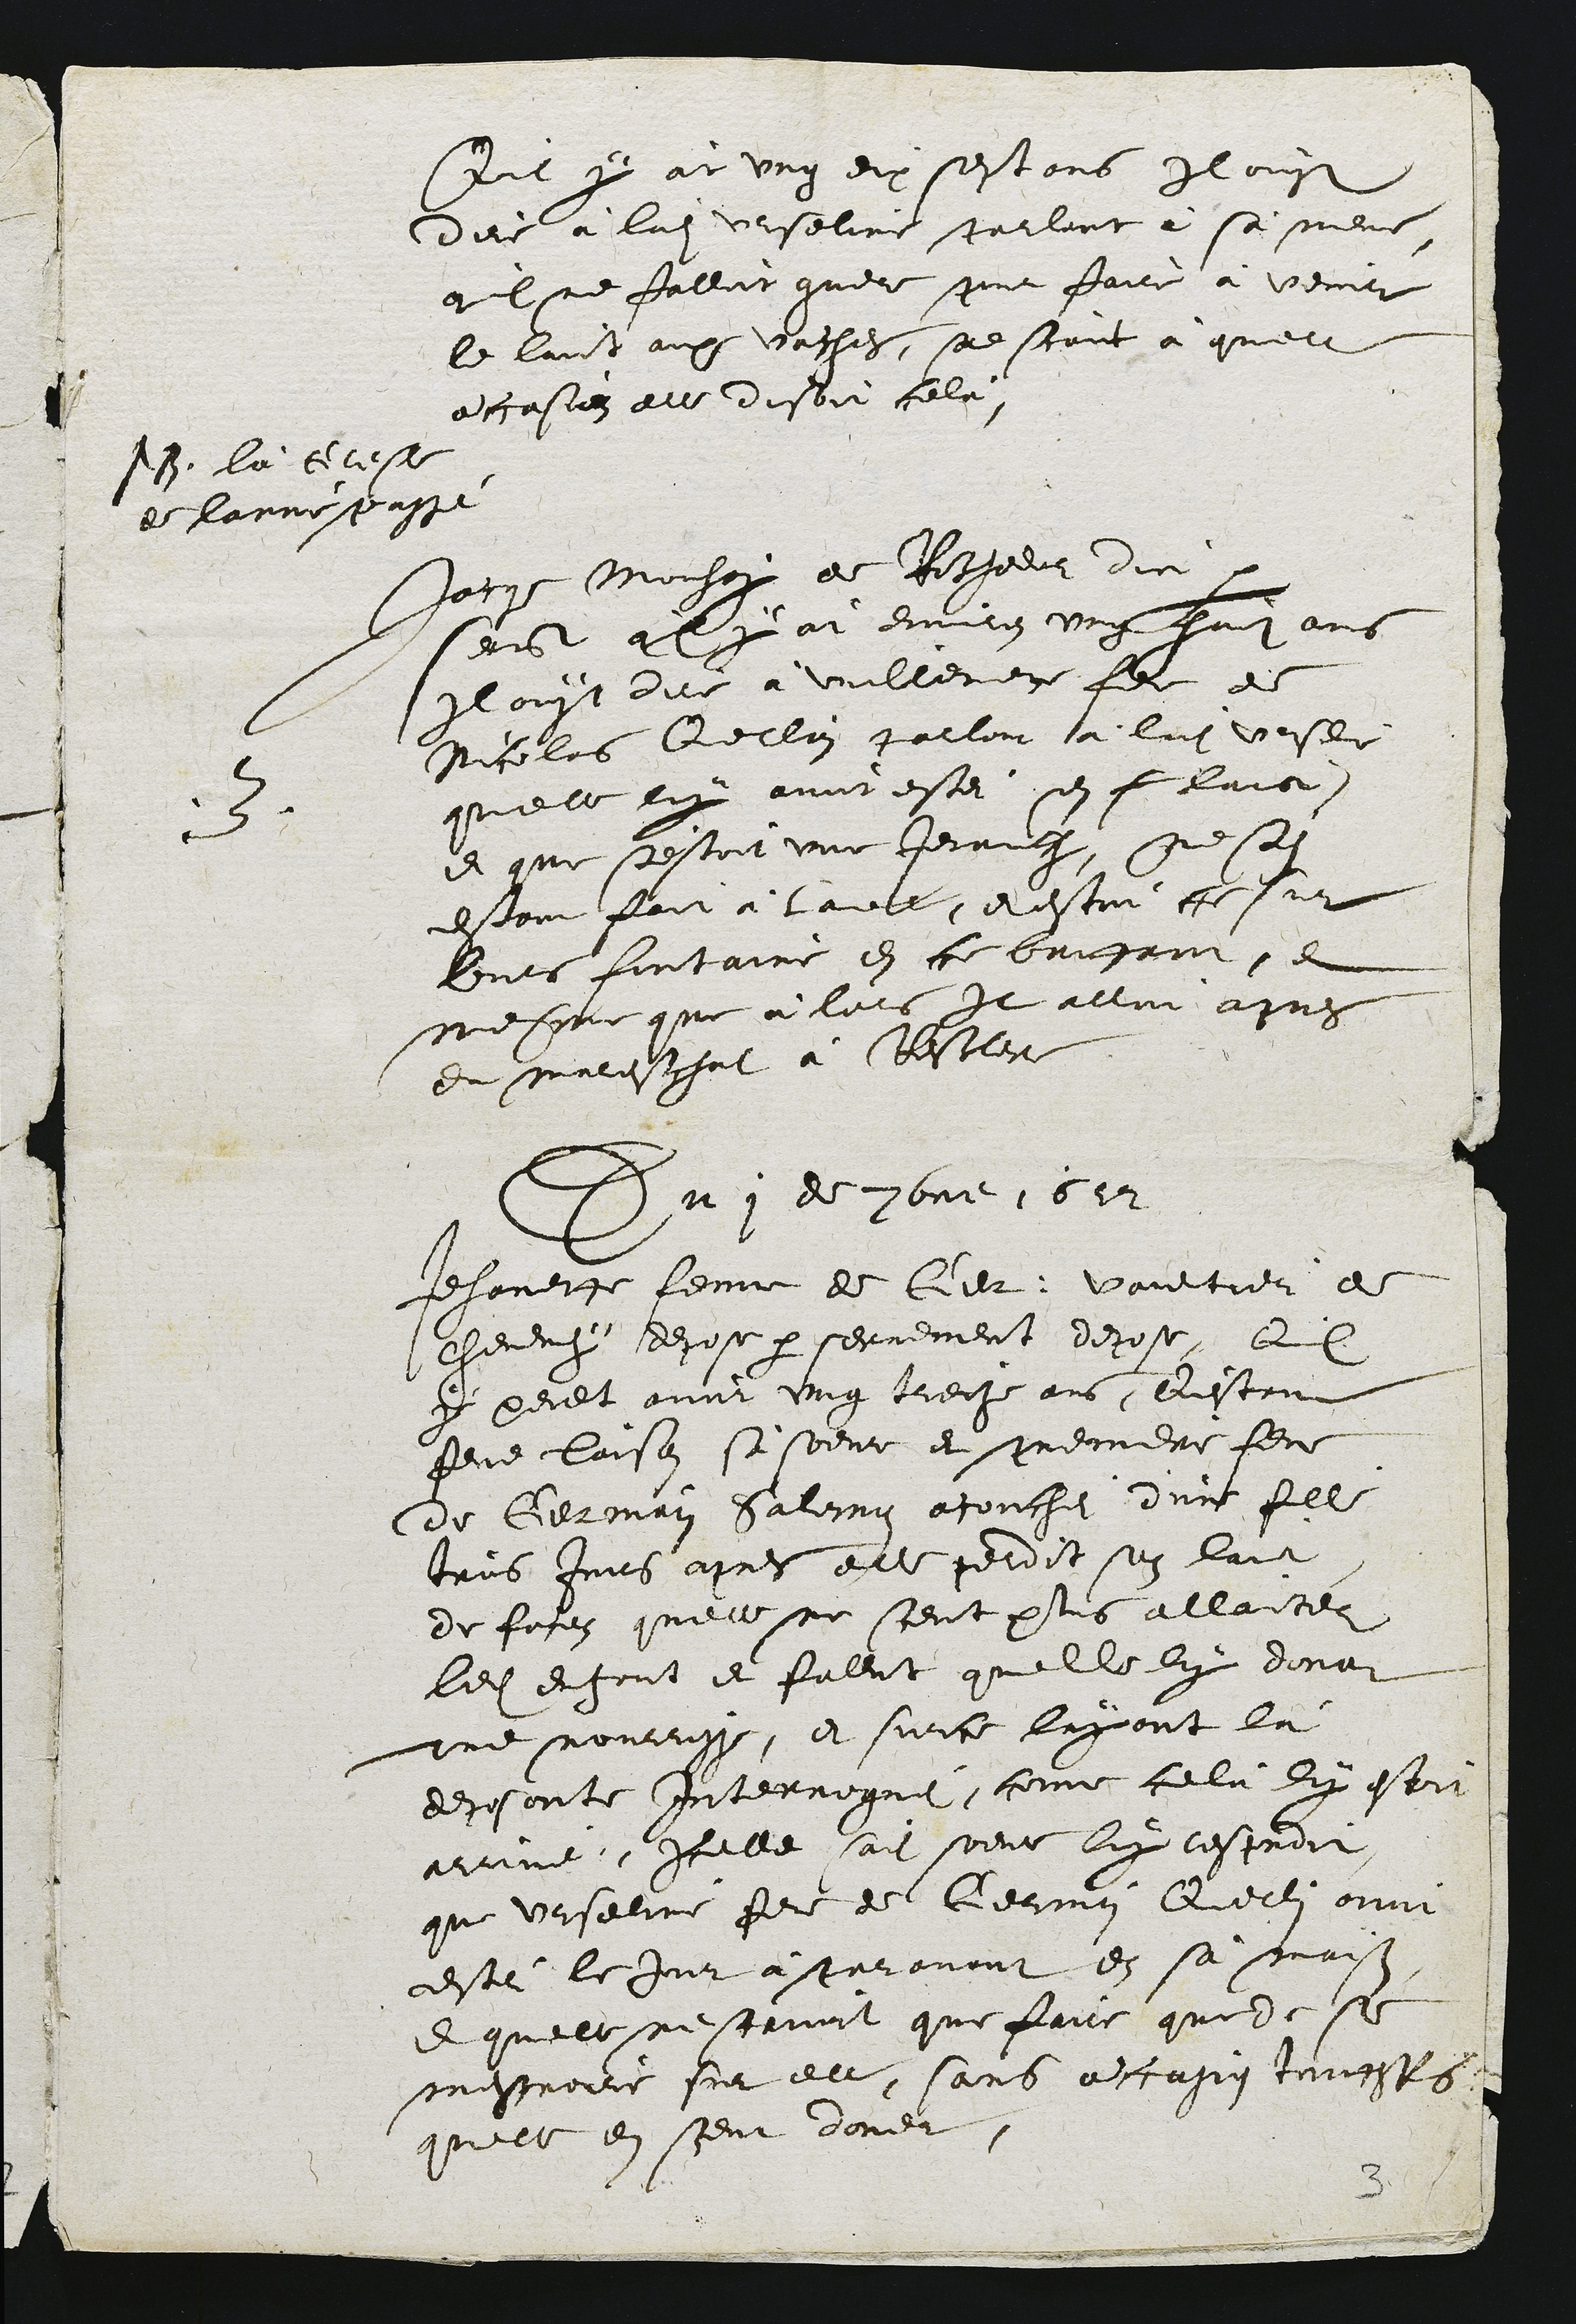
Quil y ait ung dix sept ans Il ouyt
dire à ladite urseline parlant à sà mere
quil ne falloit guere pour faire à venir
le laict aux vaches, ne scaict à quelle
occasion elle disoit celà.

NB. là Gresle
de l'anne passei

3
Jacque Mouhay de Rochedor dict par
serrement quil y àt environ ung huit ans
Il ouyt dire à vuillemette feme de
Nicolas Querlain parlant à ladite urseline
quelle luy avoit ostei son s laict
et que s'estoit une Jenauche, ne sen
estant fait à laver, et estoit ce sur
leurs fontaine en ce battant, et
mesme que à lors Il alloit aupres
du mareschal à Rochedor

Du 1 de 7bre 1622

Jehanette femme de Germain Vaultier de
Cheveney depose par serrement depose, Quil
y peult avoir ung treize ans, Qu'estant
Fene Laissue sà soeur et premiere feme
de Germain Salomon acouchei d'une fille
trois Jours apres elle perdit son laict,
de facon quelle ne sceut plus allaiter
ledit enfant et fallut quelle luy donat
une nourrisse, et surce layant là
deposante Interrogué, come celà luy estoit
arrivé, Icelle sadit soeur luy respondit,
que urseline feme de Germain Querlain avoit
estei le Jour à paravant en sà maison
et quelle ne scavoit que faire que de se
mescroeir sur elle, sans occasion touttesfois
quicelle en sceut doner.

3